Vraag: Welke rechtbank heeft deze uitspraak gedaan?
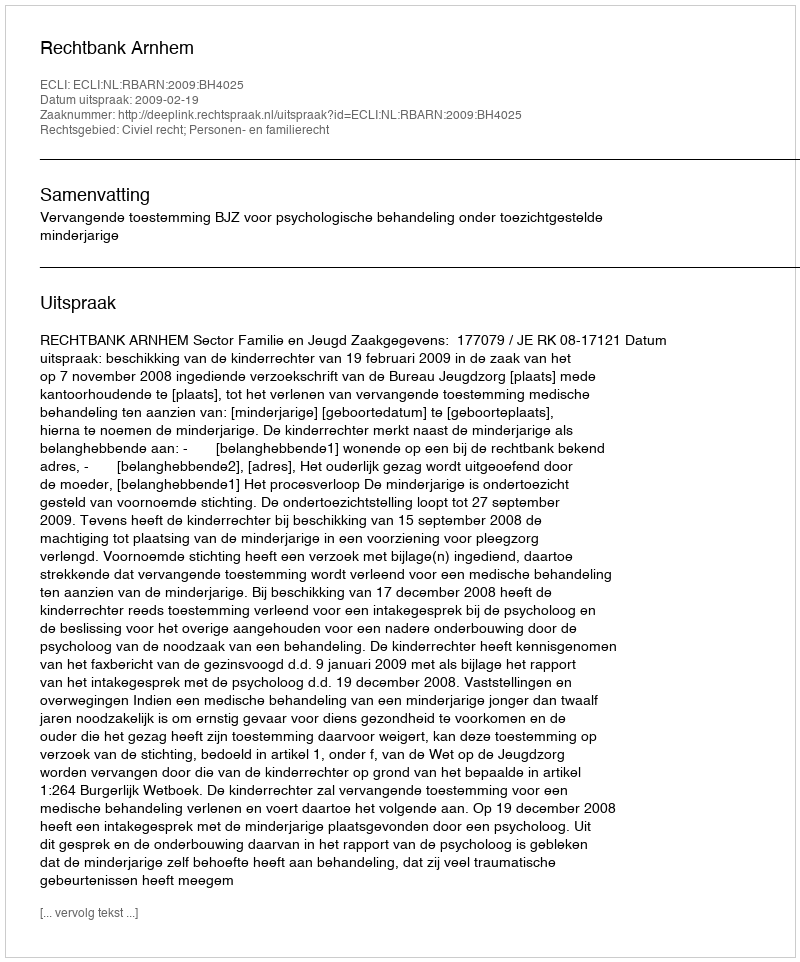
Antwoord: Rechtbank Arnhem